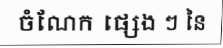
ចំណែក ផ្សេង ៗ នៃ